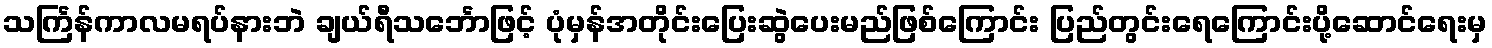
သင်္ကြန်ကာလမရပ်နားဘဲ ချယ်ရီသင်္ဘောဖြင့် ပုံမှန်အတိုင်းပြေးဆွဲပေးမည်ဖြစ်ကြောင်း ပြည်တွင်းရေကြောင်းပို့ဆောင်ရေးမှ